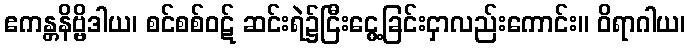
ဧကန္တနိဗ္ဗိဒါယ၊ စင်စစ်ဝဋ် ဆင်းရဲ၌ငြီးငွေ့ခြင်းငှာလည်းကောင်း။ ဝိရာဂါယ၊